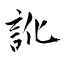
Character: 訛